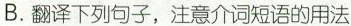
B.翻译下列句子,注意介词短语的用法